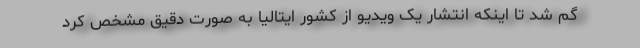
گم شد تا اینکه انتشار یک ویدیو از کشور ایتالیا به صورت دقیق مشخص کرد